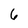
Character: 6